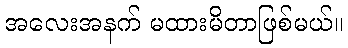
အလေးအနက် မထားမိတာဖြစ်မယ်။